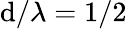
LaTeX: \mathrm{d}/\lambda=1/2